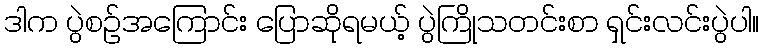
ဒါက ပွဲစဥ်အကြောင်း ပြောဆိုရမယ့် ပွဲကြိုသတင်းစာ ရှင်းလင်းပွဲပါ။